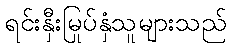
ရင်းနှီးမြုပ်နှံသူများသည်